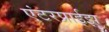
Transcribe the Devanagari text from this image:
एंटरप्राईझ